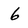
Character: 6